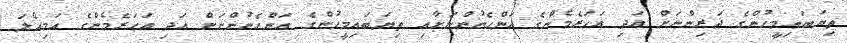
ތިޔަބައިމީހުންގެ ދަރިންނަށް އަދި އަހަރެމެންގެ އަންހެނުންނަށާއި ތިޔަބައިމީހުންގެ އަންހެނުންނަށް އަދި އަހަރެމެންގެ އަމިއްލަ